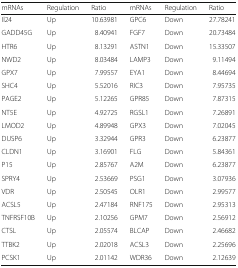
<table><thead><tr><td><b>mRNAs</b></td><td><b>Regulation</b></td><td><b>Ratio</b></td><td><b>mRNAs</b></td><td><b>Regulation</b></td><td><b>Ratio</b></td></tr></thead><tbody><tr><td>Il24</td><td>Up</td><td>10.63981</td><td>GPC6</td><td>Down</td><td>27.78241</td></tr><tr><td>GADD45G</td><td>Up</td><td>8.40941</td><td>FGF7</td><td>Down</td><td>20.73484</td></tr><tr><td>HTR6</td><td>Up</td><td>8.13291</td><td>ASTN1</td><td>Down</td><td>15.33507</td></tr><tr><td>NWD2</td><td>Up</td><td>8.03484</td><td>LAMP3</td><td>Down</td><td>9.11494</td></tr><tr><td>GPX7</td><td>Up</td><td>7.99557</td><td>EYA1</td><td>Down</td><td>8.44694</td></tr><tr><td>SHC4</td><td>Up</td><td>5.52016</td><td>RIC3</td><td>Down</td><td>7.95735</td></tr><tr><td>PAGE2</td><td>Up</td><td>5.12265</td><td>GPR85</td><td>Down</td><td>7.87315</td></tr><tr><td>NT5E</td><td>Up</td><td>4.92725</td><td>RGSL1</td><td>Down</td><td>7.26891</td></tr><tr><td>LMOD2</td><td>Up</td><td>4.89948</td><td>GPX3</td><td>Down</td><td>7.02045</td></tr><tr><td>DUSP6</td><td>Up</td><td>3.32944</td><td>GPR3</td><td>Down</td><td>6.23877</td></tr><tr><td>CLDN1</td><td>Up</td><td>3.16901</td><td>FLG</td><td>Down</td><td>5.84361</td></tr><tr><td>P15</td><td>Up</td><td>2.85767</td><td>A2M</td><td>Down</td><td>6.23877</td></tr><tr><td>SPRY4</td><td>Up</td><td>2.53669</td><td>PSG1</td><td>Down</td><td>3.07936</td></tr><tr><td>VDR</td><td>Up</td><td>2.50545</td><td>OLR1</td><td>Down</td><td>2.99577</td></tr><tr><td>ACSL5</td><td>Up</td><td>2.47184</td><td>RNF175</td><td>Down</td><td>2.95313</td></tr><tr><td>TNFRSF10B</td><td>Up</td><td>2.10256</td><td>GPM7</td><td>Down</td><td>2.56912</td></tr><tr><td>CTSL</td><td>Up</td><td>2.05574</td><td>BLCAP</td><td>Down</td><td>2.46682</td></tr><tr><td>TTBK2</td><td>Up</td><td>2.02018</td><td>ACSL3</td><td>Down</td><td>2.25696</td></tr><tr><td>PCSK1</td><td>Up</td><td>2.01142</td><td>WDR36</td><td>Down</td><td>2.12639</td></tr></tbody></table>